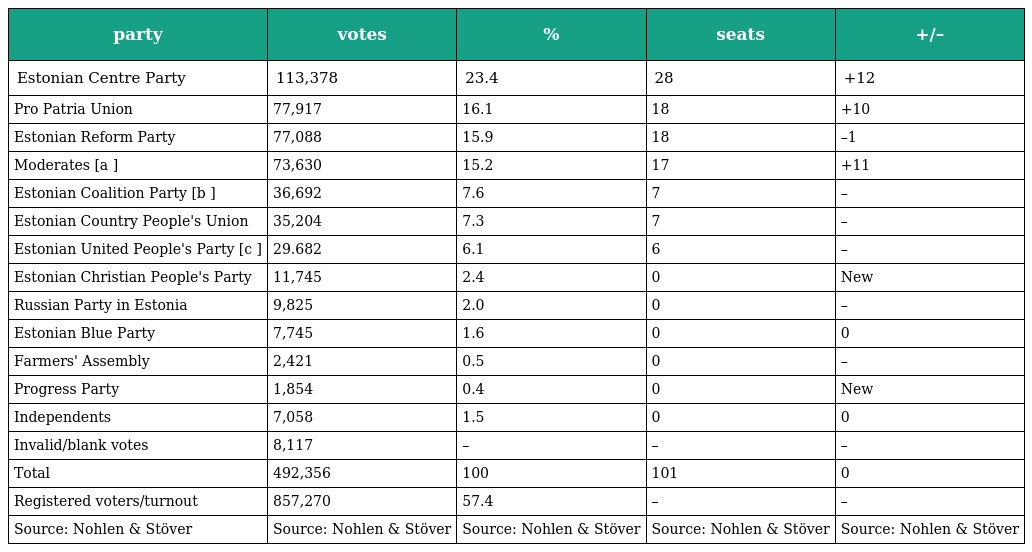
| party | votes | % | seats | +/– |
 | --- | --- | --- | --- | --- |
 | Estonian Centre Party | 113,378 | 23.4 | 28 | +12 |
 | Pro Patria Union | 77,917 | 16.1 | 18 | +10 |
 | Estonian Reform Party | 77,088 | 15.9 | 18 | –1 |
 | Moderates [a ] | 73,630 | 15.2 | 17 | +11 |
 | Estonian Coalition Party [b ] | 36,692 | 7.6 | 7 | – |
 | Estonian Country People's Union | 35,204 | 7.3 | 7 | – |
 | Estonian United People's Party [c ] | 29.682 | 6.1 | 6 | – |
 | Estonian Christian People's Party | 11,745 | 2.4 | 0 | New |
 | Russian Party in Estonia | 9,825 | 2.0 | 0 | – |
 | Estonian Blue Party | 7,745 | 1.6 | 0 | 0 |
 | Farmers' Assembly | 2,421 | 0.5 | 0 | – |
 | Progress Party | 1,854 | 0.4 | 0 | New |
 | Independents | 7,058 | 1.5 | 0 | 0 |
 | Invalid/blank votes | 8,117 | – | – | – |
 | Total | 492,356 | 100 | 101 | 0 |
 | Registered voters/turnout | 857,270 | 57.4 | – | – |
 | Source: Nohlen & Stöver | Source: Nohlen & Stöver | Source: Nohlen & Stöver | Source: Nohlen & Stöver | Source: Nohlen & Stöver |